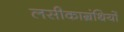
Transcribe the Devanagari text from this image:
लसीकाग्रंथियों